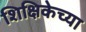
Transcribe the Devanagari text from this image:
शिक्षिकेच्या